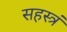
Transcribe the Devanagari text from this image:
सहस्त्रं